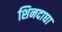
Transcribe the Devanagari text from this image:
शिनदाघा